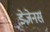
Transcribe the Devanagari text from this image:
डेजेनर्स